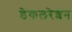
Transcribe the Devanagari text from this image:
डेकलरेशन